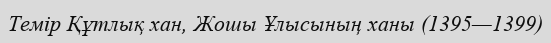
Темір Құтлық хан, Жошы Ұлысының ханы (1395—1399)